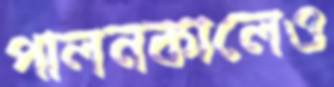
পালনকালেও